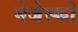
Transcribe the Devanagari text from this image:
मेजेस्‍को